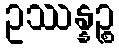
ဥဿန္နဉ္စ